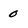
Character: 0